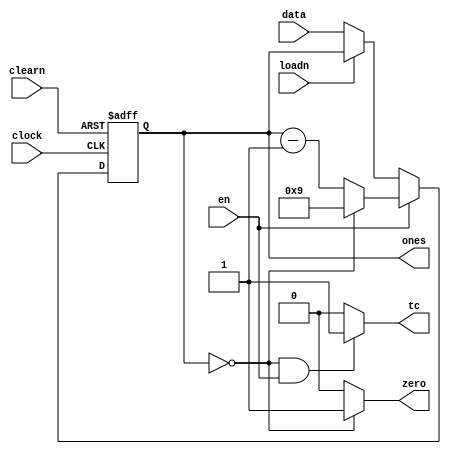
module mod10(
    output wire [3:0]   ones, 
    output wire       tc, zero,
    input wire        clearn, loadn, clock, en,
    input wire  [3:0] data); 
    

    reg [3:0] counter; 
    
    always @(posedge clock, negedge clearn)
        begin
          if (clearn == 1'b0)
              counter <= 0;

          else
            if (en == 1'b0)
              begin
                if (loadn == 1'b0)
                  counter <= data;
              end
            else 
              begin
                if (counter == 0)
                  counter <= 9;
                else
                  counter <= counter - 1;

              end 
        end

  assign tc = ((counter == 0) && (en == 1'b1)) ? 1'b1 : 1'b0;
  
  assign zero = (counter == 0) ? 1'b1 : 1'b0;

  assign ones = counter;


endmodule